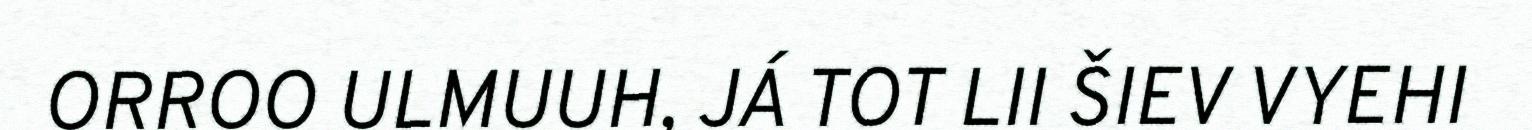
ORROO ULMUUH, JÁ TOT LII ŠIEV VYEHI